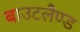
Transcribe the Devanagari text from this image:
बाउटलैण्ड